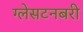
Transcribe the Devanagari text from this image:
ग्लेसटनबरी